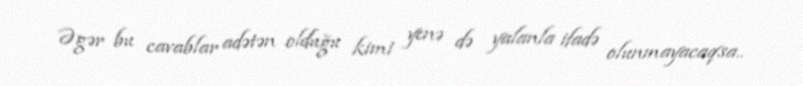
Əgər bu cavablar adətən olduğu kimi yenə də yalanla ifadə olunmayacaqsa..